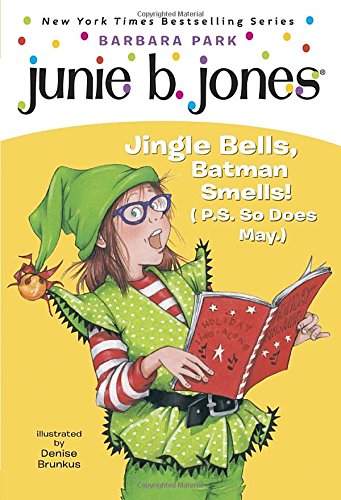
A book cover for Junie B., First Grader: Jingle Bells, Batman Smells! (P.S. So Does May); Barbara Park; Children's Books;